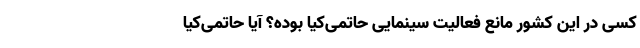
کسی در این کشور مانع فعالیت سینمایی حاتمی‌کیا بوده؟ آیا حاتمی‌کیا